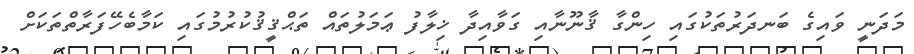
މަދަނީ ވައިގެ ބަނދަރުތަކުގައި ހިންގާ ޤާނޫނާއި ގަވާއިދާ ޚިލާފު ޢަމަލުތައް ތަޙްޤީޤުކުރުމުގައި ކަމާބެހޭފަރާތްތަކަށް